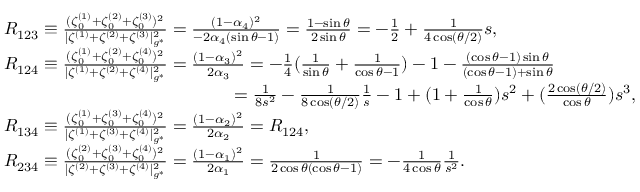
\begin{array} { r l } & { R _ { 1 2 3 } \equiv \frac { ( \zeta _ { 0 } ^ { ( 1 ) } + \zeta _ { 0 } ^ { ( 2 ) } + \zeta _ { 0 } ^ { ( 3 ) } ) ^ { 2 } } { | \zeta ^ { ( 1 ) } + \zeta ^ { ( 2 ) } + \zeta ^ { ( 3 ) } | _ { g ^ { * } } ^ { 2 } } = \frac { ( 1 - \alpha _ { 4 } ) ^ { 2 } } { - 2 \alpha _ { 4 } ( \sin \theta - 1 ) } = \frac { 1 - \sin \theta } { 2 \sin \theta } = - \frac { 1 } { 2 } + \frac { 1 } { 4 \cos ( { \theta } / { 2 } ) } s , } \\ & { R _ { 1 2 4 } \equiv \frac { ( \zeta _ { 0 } ^ { ( 1 ) } + \zeta _ { 0 } ^ { ( 2 ) } + \zeta _ { 0 } ^ { ( 4 ) } ) ^ { 2 } } { | \zeta ^ { ( 1 ) } + \zeta ^ { ( 2 ) } + \zeta ^ { ( 4 ) } | _ { g ^ { * } } ^ { 2 } } = \frac { ( 1 - \alpha _ { 3 } ) ^ { 2 } } { 2 \alpha _ { 3 } } = - \frac { 1 } { 4 } ( \frac { 1 } { \sin \theta } + \frac { 1 } { \cos \theta - 1 } ) - 1 - \frac { ( \cos \theta - 1 ) \sin \theta } { ( \cos \theta - 1 ) + \sin \theta } } \\ & { \quad \quad \quad \quad \quad \quad \quad \quad \quad \quad \quad \quad \quad = \frac { 1 } { 8 s ^ { 2 } } - \frac { 1 } { 8 \cos ( { \theta } / { 2 } ) } \frac { 1 } { s } - 1 + ( 1 + \frac { 1 } { \cos \theta } ) s ^ { 2 } + ( \frac { 2 \cos ( { \theta } / { 2 } ) } { \cos \theta } ) s ^ { 3 } , } \\ & { R _ { 1 3 4 } \equiv \frac { ( \zeta _ { 0 } ^ { ( 1 ) } + \zeta _ { 0 } ^ { ( 3 ) } + \zeta _ { 0 } ^ { ( 4 ) } ) ^ { 2 } } { | \zeta ^ { ( 1 ) } + \zeta ^ { ( 3 ) } + \zeta ^ { ( 4 ) } | _ { g ^ { * } } ^ { 2 } } = \frac { ( 1 - \alpha _ { 2 } ) ^ { 2 } } { 2 \alpha _ { 2 } } = R _ { 1 2 4 } , } \\ & { R _ { 2 3 4 } \equiv \frac { ( \zeta _ { 0 } ^ { ( 2 ) } + \zeta _ { 0 } ^ { ( 3 ) } + \zeta _ { 0 } ^ { ( 4 ) } ) ^ { 2 } } { | \zeta ^ { ( 2 ) } + \zeta ^ { ( 3 ) } + \zeta ^ { ( 4 ) } | _ { g ^ { * } } ^ { 2 } } = \frac { ( 1 - \alpha _ { 1 } ) ^ { 2 } } { 2 \alpha _ { 1 } } = \frac { 1 } { 2 \cos \theta ( \cos \theta - 1 ) } = - \frac { 1 } { 4 \cos \theta } \frac { 1 } { s ^ { 2 } } . } \end{array}